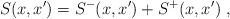
LaTeX: \begin{align*} S(x,x')=S^-(x,x')+S^+(x,x')\;,\end{align*}